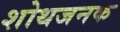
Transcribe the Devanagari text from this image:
शोथजनक